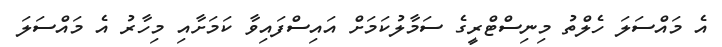
އެ މައްސަލަ ހެލްތު މިނިސްޓްރީގެ ސަމާލުކަމަށް އައިސްފައިވާ ކަމަށާއި މިހާރު އެ މައްސަލަ